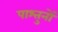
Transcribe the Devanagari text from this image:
पाश्तुनों